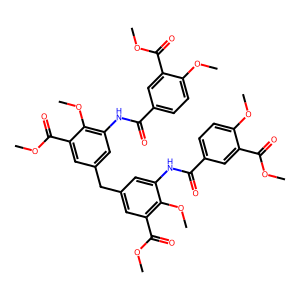
SMILES: COC(=O)c1cc(C(=O)Nc2cc(Cc3cc(NC(=O)c4ccc(OC)c(C(=O)OC)c4)c(OC)c(C(=O)OC)c3)cc(C(=O)OC)c2OC)ccc1OC
Inhibits HIV replication: No